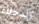
الدخلاء